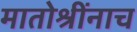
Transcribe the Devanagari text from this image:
मातोश्रींनाच